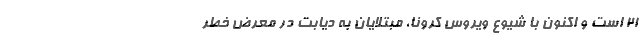
۲۱ است و اکنون با شیوع ویروس کرونا، مبتلایان به دیابت در معرض خطر